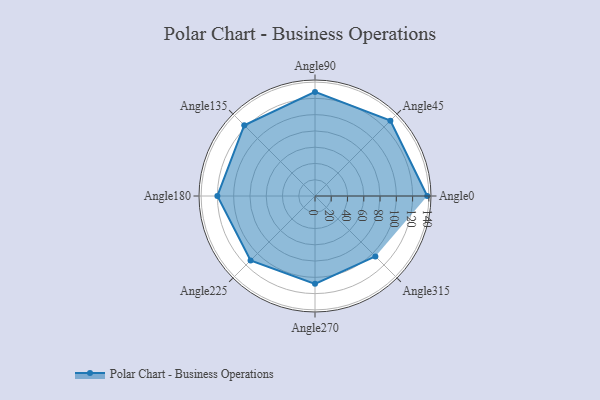
{"axis": {"x": "Angle", "y": "Radius"}, "legend": [""], "data": [{"x": "Angle0", "y": 138.0, "type": ""}, {"x": "Angle45", "y": 131.0, "type": ""}, {"x": "Angle90", "y": 128.0, "type": ""}, {"x": "Angle135", "y": 123.0, "type": ""}, {"x": "Angle180", "y": 120.0, "type": ""}, {"x": "Angle225", "y": 112.0, "type": ""}, {"x": "Angle270", "y": 108.0, "type": ""}, {"x": "Angle315", "y": 105.0, "type": ""}]}